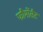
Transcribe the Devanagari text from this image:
फौर्मोसैट